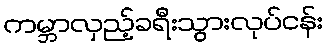
ကမ္ဘာလှည့်ခရီးသွားလုပ်ငန်း